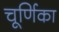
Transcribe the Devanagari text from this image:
चूर्णिका